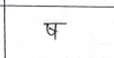
मजकूर: ष